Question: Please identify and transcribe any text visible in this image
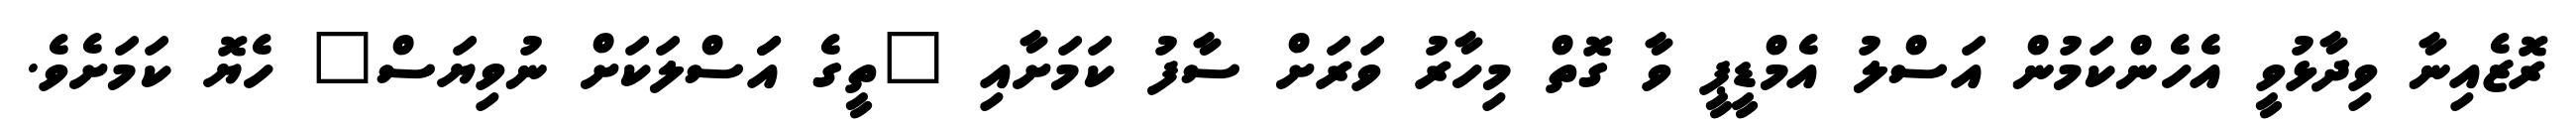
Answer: ރޮޒެއިނާ ވިދާޅުވީ އެހެންކަމުން އަސްލު އެމްޑީޕީ ވާ ގޮތް މިހާރު ވަރަށް ސާފު ކަމަށާއި "ތީގެ އަަސްލަކަށް ނުވިޔަސް" ހެޔޮ ކަމަށެވެ.